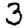
Digit: 3